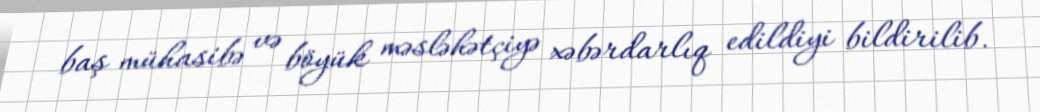
baş mühasibə və böyük məsləhətçiyə xəbərdarlıq edildiyi bildirilib.